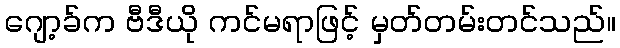
ဂျော့ခ်က ဗီဒီယို ကင်မရာဖြင့် မှတ်တမ်းတင်သည်။